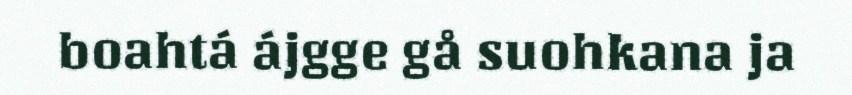
boahtá ájgge gå suohkana ja